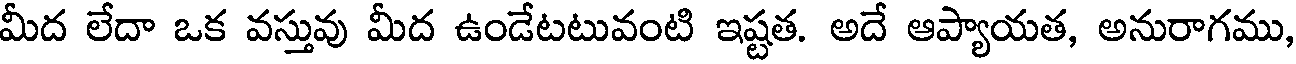
మీద లేదా ఒక వస్తువు మీద ఉండేటటువంటి ఇష్టత. అదే ఆప్యాయత, అనురాగము,